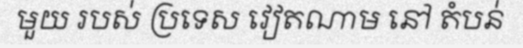
មួយ របស់ ប្រទេស វៀតណាម នៅ តំបន់